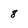
Character: 8